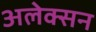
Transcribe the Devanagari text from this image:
अलेक्सन